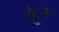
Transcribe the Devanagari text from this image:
कुंब